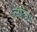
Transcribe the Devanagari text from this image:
लोटेगा